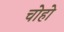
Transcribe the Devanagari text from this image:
चोहो